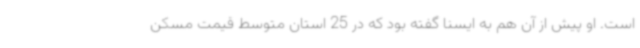
است. او پیش از آن هم به ایسنا گفته بود که در 25 استان متوسط قیمت مسکن